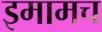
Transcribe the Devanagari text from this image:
इमामच